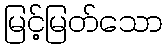
မြင့်မြတ်သော